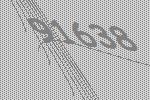
91638